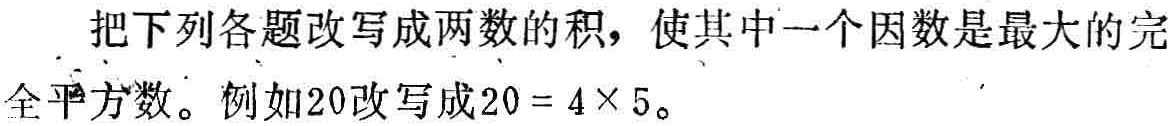
把下列各题改写成两数的积，使其中一个因数是最大的完全平方数。例如20改写成\(20 = 4\times5\)。